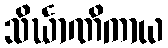
သိင်္ဃာဏိကာယ